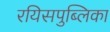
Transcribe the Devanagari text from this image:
रयिसपुब्लिका